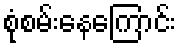
စုံစမ်းနေကြောင်း